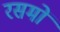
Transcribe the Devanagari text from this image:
रसमों